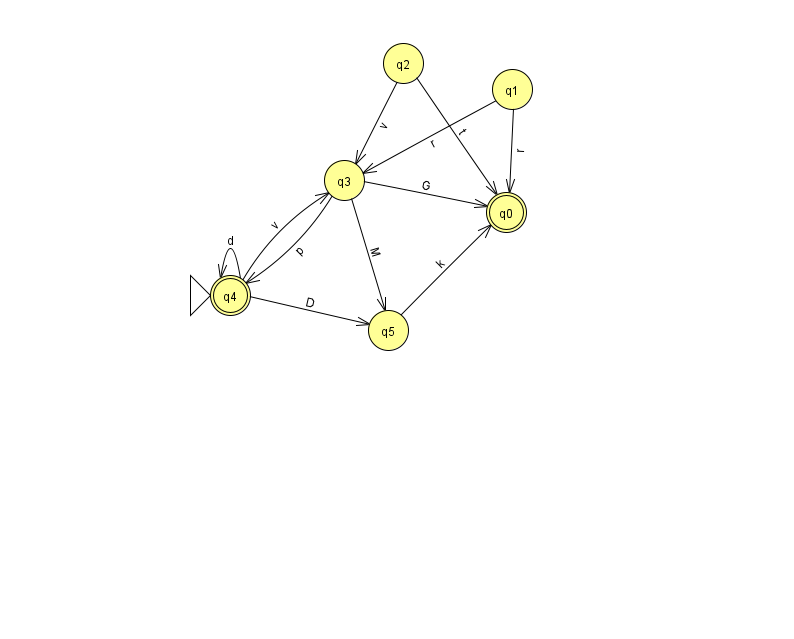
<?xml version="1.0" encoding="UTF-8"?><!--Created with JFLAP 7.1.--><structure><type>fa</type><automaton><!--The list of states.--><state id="0" name="q0"><x>506.0</x><y>199.0</y><final/></state><state id="1" name="q1"><x>512.0</x><y>76.0</y></state><state id="2" name="q2"><x>403.0</x><y>50.0</y></state><state id="3" name="q3"><x>344.0</x><y>167.0</y></state><state id="4" name="q4"><x>230.0</x><y>282.0</y><initial/><final/></state><state id="5" name="q5"><x>388.0</x><y>317.0</y></state><!--The list of transitions.--><transition><from>4</from><to>3</to><read>v</read></transition><transition><from>5</from><to>0</to><read>k</read></transition><transition><from>4</from><to>4</to><read>d</read></transition><transition><from>1</from><to>0</to><read>r</read></transition><transition><from>3</from><to>0</to><read>G</read></transition><transition><from>3</from><to>5</to><read>M</read></transition><transition><from>1</from><to>3</to><read>r</read></transition><transition><from>3</from><to>4</to><read>p</read></transition><transition><from>2</from><to>0</to><read>t</read></transition><transition><from>4</from><to>5</to><read>D</read></transition><transition><from>2</from><to>3</to><read>v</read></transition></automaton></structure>